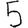
Digit: 5